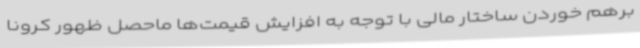
برهم خوردن ساختار مالی با توجه به افزایش قیمت‌ها ماحصل ظهور کرونا